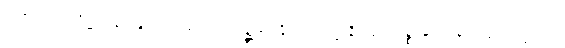
ရာဇမဟေသိဋ္ဌာနေ ဝဍ္ဎိတကာလော သဉ္ဆာဒေန္တိ ဒေါသဋ္ဌာနိယော ပစ္စာမိတ္တာနံ အဂ္ဂမဂ္ဂက္ခဏေ